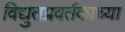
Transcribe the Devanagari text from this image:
विद्युतप्रवर्तकाच्या